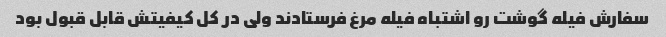
سفارش فیله گوشت رو اشتباه فیله مرغ فرستادند ولی در کل کیفیتش قابل قبول بود